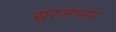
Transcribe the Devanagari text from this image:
सुरजभान